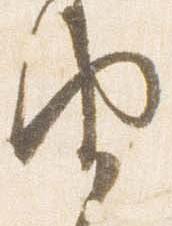
由